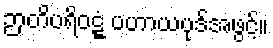
ဉာတိပရိဝဋ္ဋံ ပဟာယပုဒ်အဖွင့်။